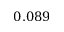
0 . 0 8 9